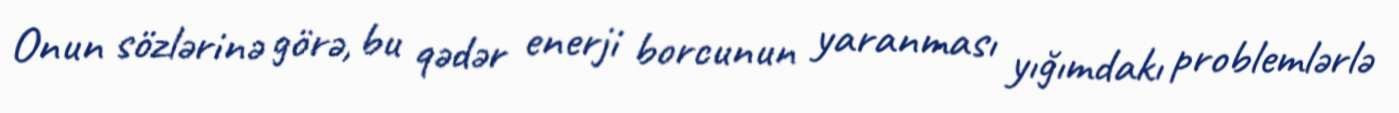
Onun sözlərinə görə, bu qədər enerji borcunun yaranması yığımdakı problemlərlə